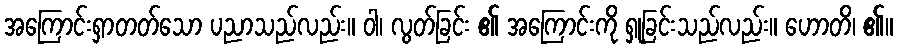
အကြောင်းရှာတတ်သော ပညာသည်လည်း။ ဝါ၊ လွတ်ခြင်း ၏ အကြောင်းကို ရှုခြင်းသည်လည်း။ ဟောတိ၊ ၏။